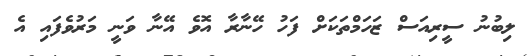
ލިބުނު ސީރިއަސް ޒަހަމްތަކަށް ފަހު ހޭނާރާ އޮވެ އޭނާ ވަނީ މަރުވެފައި އެ